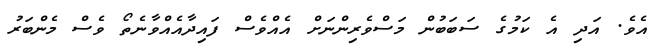
އެވެ. އަދި އެ ކަމުގެ ސަބަބުން މަސްވެރިންނަށް އެއްވެސް ފައިދާއެއްވާނެތޯ ވެސް މެންބަރު